Standards of the constituents of the urine and blood and the bearing of the metabolism of Bengalis on the problems of nutrition - Number 34
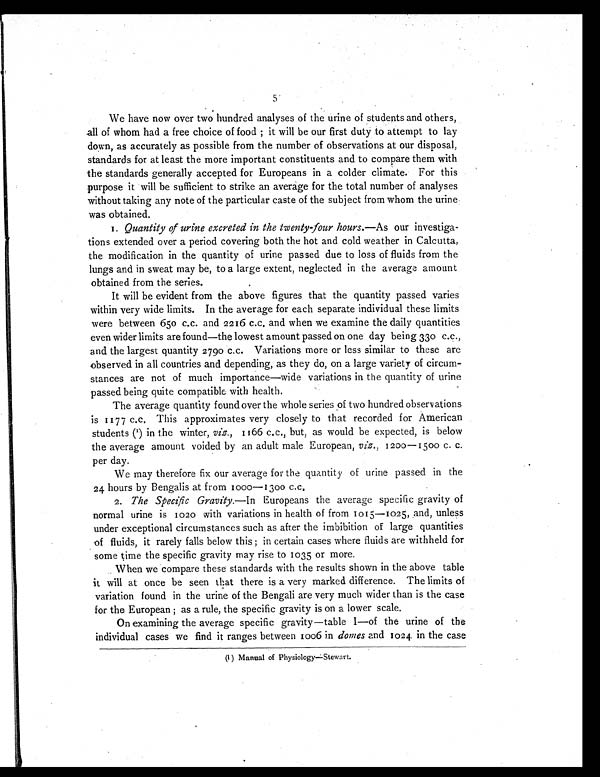
We have now over two hundred analyses of the urine of students and others,
all of whom had a free choice of food ; it will be our first duty to attempt to lay
down, as accurately as possible from the number of observations at our disposal,
standards for at least the more important constituents and to compare them with
the standards generally accepted for Europeans in a colder climate. For this
purpose it will be sufficient to strike an average for the total number of analyses
without taking any note of the particular caste of the subject from whom the urine
was obtained.
1. Quantity of urine excreted in the twenty-four hours. —As our investiga-
tions extended over a period covering both the hot and cold weather in Calcutta,
the modification in the quantity of urine passed due to loss of fluids from the
lungs and in sweat may be, to a large extent, neglected in the average amount
obtained from the series.
It will be evident from the above figures that the quantity passed varies
within very wide limits. In the average for each separate individual these limits
were between 650 c.c. and 2216 c.c. and when we examine the daily quantities
even wider limits are found—the lowest amount passed on one day being 330 c.c.,
and the largest quantity 2790 c.c. Variations more or less similar to these are
observed in all countries and depending, as they do, on a large variety of circum-
stances are not of much importance—wide variations in the quantity of urine
passed being quite compatible with health.
The average quantity found over the whole series of two hundred observations
is 1177 c.c. This approximates very closely to that recorded for American
students (1) in the winter, viz,, 1166 c.c., but, as would be expected, is below
the average amount voided by an adult male European, viz. , 1200—1500 c. c.
per day.
We may therefore fix our average for the quantity of urine passed in the
24 hours by Bengalis at from 1000—1300 c.c.
2. The Specific Gravity.—In Europeans the average specific gravity of
normal urine is 1020 with variations in health of from 1015—1025, and, unless
under exceptional circumstances such as after the imbibition of large quantities
of fluids, it rarely falls below this; in certain cases where fluids are withheld for
some time the specific gravity may rise to 1035 or more.
When we compare these standards with the results shown in the above table
it will at once be seen that there is a very marked difference. The limits of
variation found in the urine of the Bengali are very much wider than is the case
for the European ; as a rule, the specific gravity is on a lower scale.
On examining the average specific gravity—table I—of the urine of the
individual cases we find it ranges between 1006 in domes and 1024 in the case
(I) Manual ofPhysiology—Stewart.